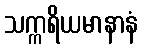
သက္ကရိယမာနာနံ